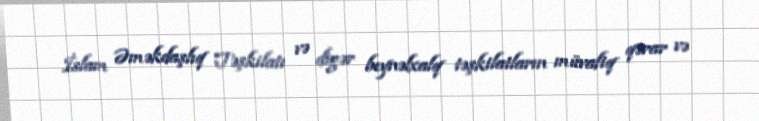
İslam Əməkdaşlıq Təşkilatı və digər beynəlxalq təşkilatların müvafiq qərar və